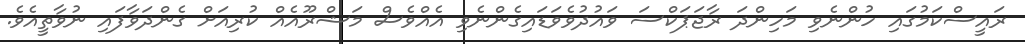
ރައީސްކަމުގައި ހުންނެވި މަހިންދަ ރާޖަޕަކްސަ ވައުދުވެވަޑައިގެންނެވި އެއްވެސް މަޝްރޫއެއް ކުރިއަށް ގެންދަވާފައި ނުވާތީއެވެ.